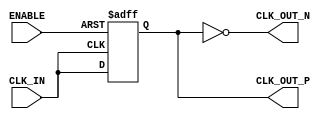
module DifferentialClockBuffer (
    input wire CLK_IN,        // Single-ended clock input
    input wire ENABLE,        // Enable input to control buffer operation
    output wire CLK_OUT_P,    // Positive differential clock output
    output wire CLK_OUT_N     // Negative differential clock output
);
    // Internal signals for the clock buffer and inversion
    reg clk_out_internal;
    wire clk_out_inverted;

    // Invert the input clock signal to generate the complementary output
    assign clk_out_inverted = ~clk_out_internal;

    // Buffering logic with enable control
    always @(posedge CLK_IN or negedge ENABLE) begin
        if (!ENABLE) begin
            // If ENABLE is low, hold the output low
            clk_out_internal <= 1'b0;
        end else begin
            // Buffer the input clock signal
            clk_out_internal <= CLK_IN;
        end
    end

    // Assign the buffered outputs
    assign CLK_OUT_P = clk_out_internal;
    assign CLK_OUT_N = clk_out_inverted;

endmodule